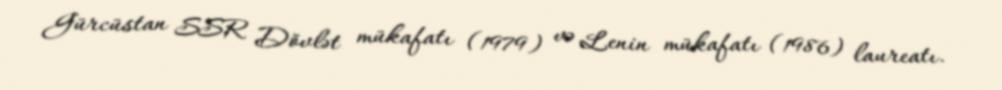
Gürcüstan SSR Dövlət mükafatı (1979) və Lenin mükafatı (1986) laureatı.